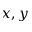
x , y